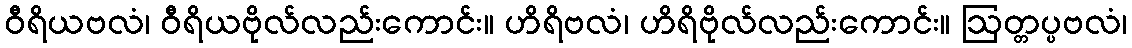
ဝီရိယဗလံ၊ ဝီရိယဗိုလ်လည်းကောင်း။ ဟိရိဗလံ၊ ဟိရိဗိုလ်လည်းကောင်း။ ဩတ္တပ္ပဗလံ၊